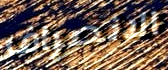
الانصراف